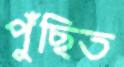
পুঁছিত